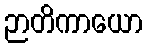
ဉာတိကာယော